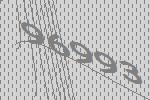
96993